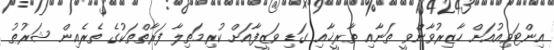
އިންޓަވިއުއަށް ހާޒިރުވާންވީ ތަނާއި ތާރީޚާއި ގަޑި ވަޒީފާއަށް ކުރިމަތިލާ ފަރާތްތަކުގެ ތެރެއިން ޝަރުޠު